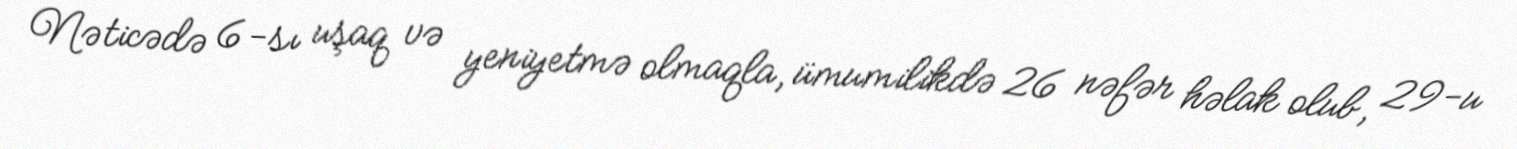
Nəticədə 6-sı uşaq və yeniyetmə olmaqla, ümumilikdə 26 nəfər həlak olub, 29-u